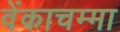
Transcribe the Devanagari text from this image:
वेंकाचम्मा